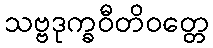
သဗ္ဗဒုက္ခဝီတိဝတ္တေ